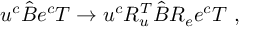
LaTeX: u ^ { c } \hat { B } e ^ { c } T \to u ^ { c } R _ { u } ^ { T } \hat { B } R _ { e } e ^ { c } T ~ ,